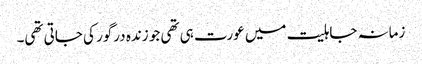
زمانہ جاہلیت میں عورت ہی تھی جو زندہ درگور کی جاتی تھی۔